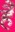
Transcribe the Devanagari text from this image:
है॑